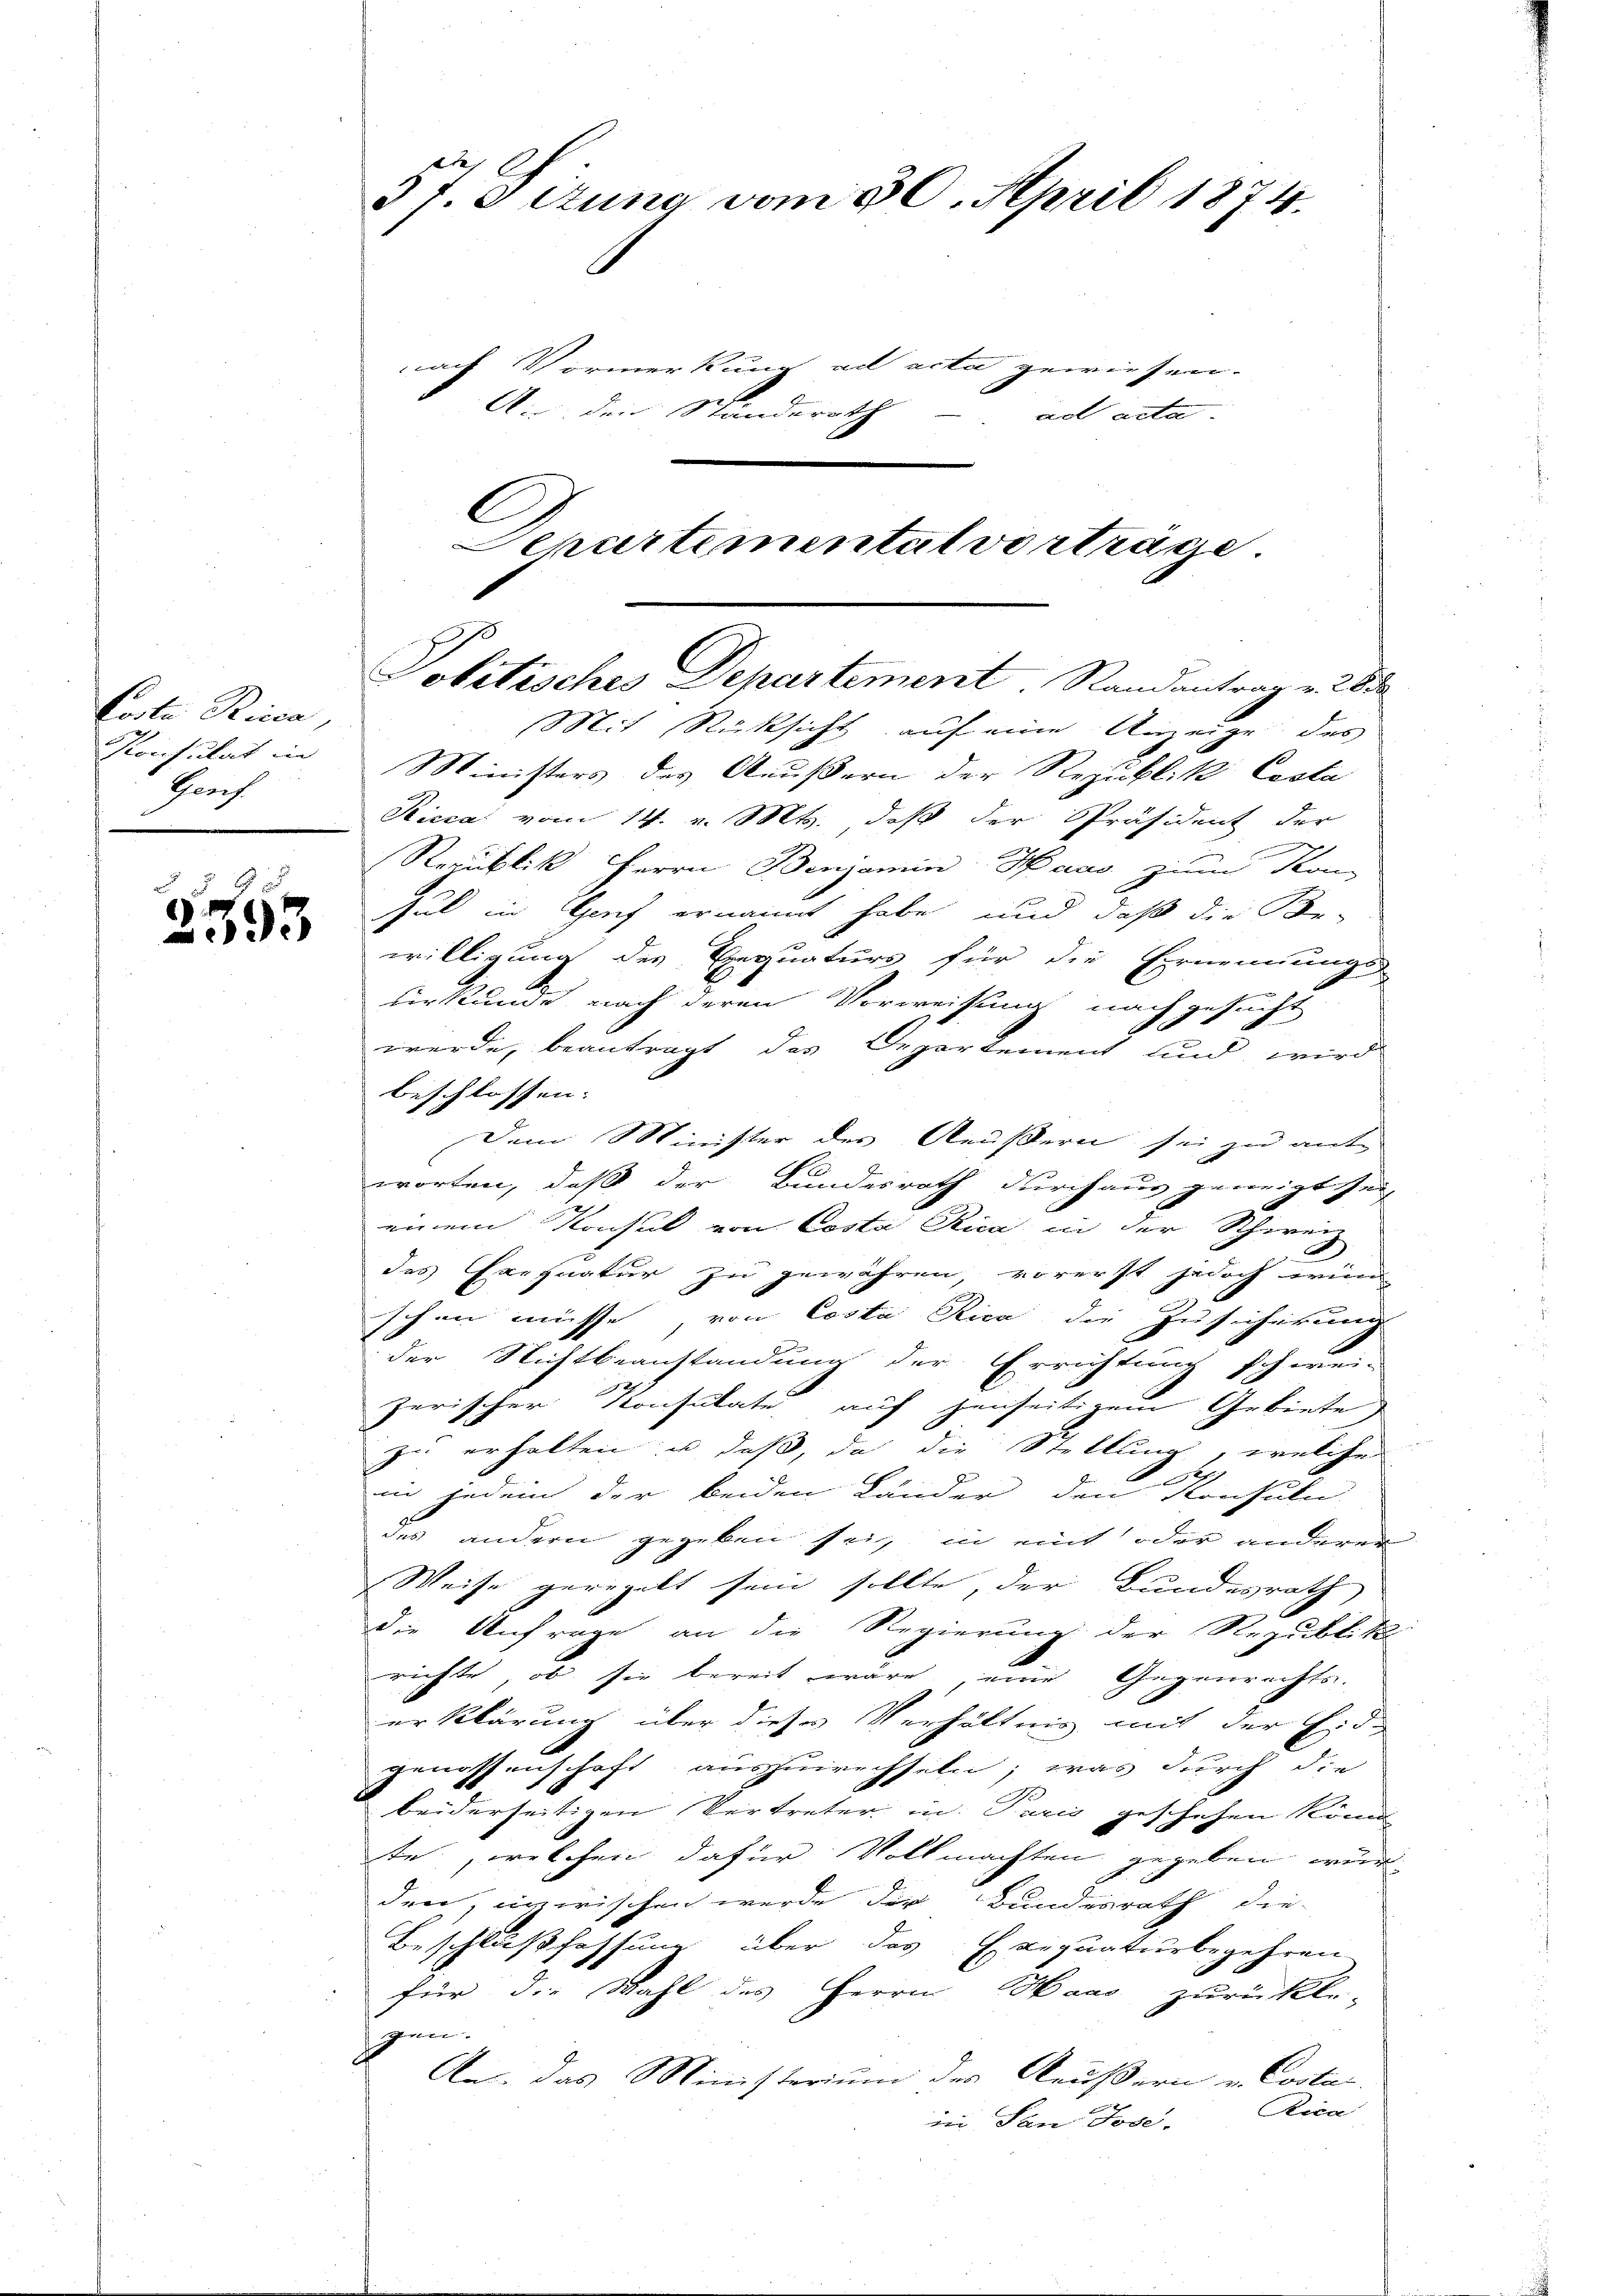
Corte Ricca,
Konsulat in
Genf.

e
93

57. Sizung vom 30. April 1874.
nach Vormerkung ad acta gewiesen. |
An den Ständerath ad acta-

C

Departementat vorträge.
Politisches Departement Randantrag v. 28

Mit Rücksicht auf eine Anzeige des
Ministers des Aeußern der Republik Costa
Ricca vom 14. v. Mts. daß der Präsident der
Republik Herrn Benjamin Haas zum Kon
sul in Genf ernannt habe, und daß die Be-
willigung des Einquaturs für die Ernennungs-
uirkunde nach deren Vorweisung nach gesucht
werde, beantragt, das Departement und, wird
beschlossen. |
Dem Minister des Aeußern sei zu ant-
worten, daß der Bundesrath durchaus geneigt sei,
einem Konsul von Costa Rica in der Schweiz
des Erefnatur zu gewähren, vorerst jedoch wid
schen müsse, von Costa Rica die Zusicherung
der Nichtbeanstandung der Errichtung schwei-
zerischer Konsulate auf jenseitigem Gebiete
zu erhalten u daß, da die Stellung, welche
in jedem der beiden Länder den Konsula
des andern gegeben sei, in eint oder anderen
Weise geregelt sein sollte, der Bundesrath
die Anfrage an die Regierung der Republika
richte, ob sie bereit wäre eine Gegenrechts-
erklärung über dieses Verhältnis mit der Eide
genossenschaft auszuwechseln; was durch die
beiderseitigen Vertreter in Paris geschehen könn
te, welchen dafür Vollmachten gegeben würden, inzwischen werde der Bundesrath die-
Beschlußfassung über das Exequaturbegehren
für die Wahl des Herrn Maas zurückte-
gen. |
An das Ministerium der Aeußern u. Costan
Rica
in San Jose.